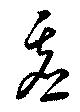
虚